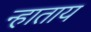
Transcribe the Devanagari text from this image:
न्हाताय